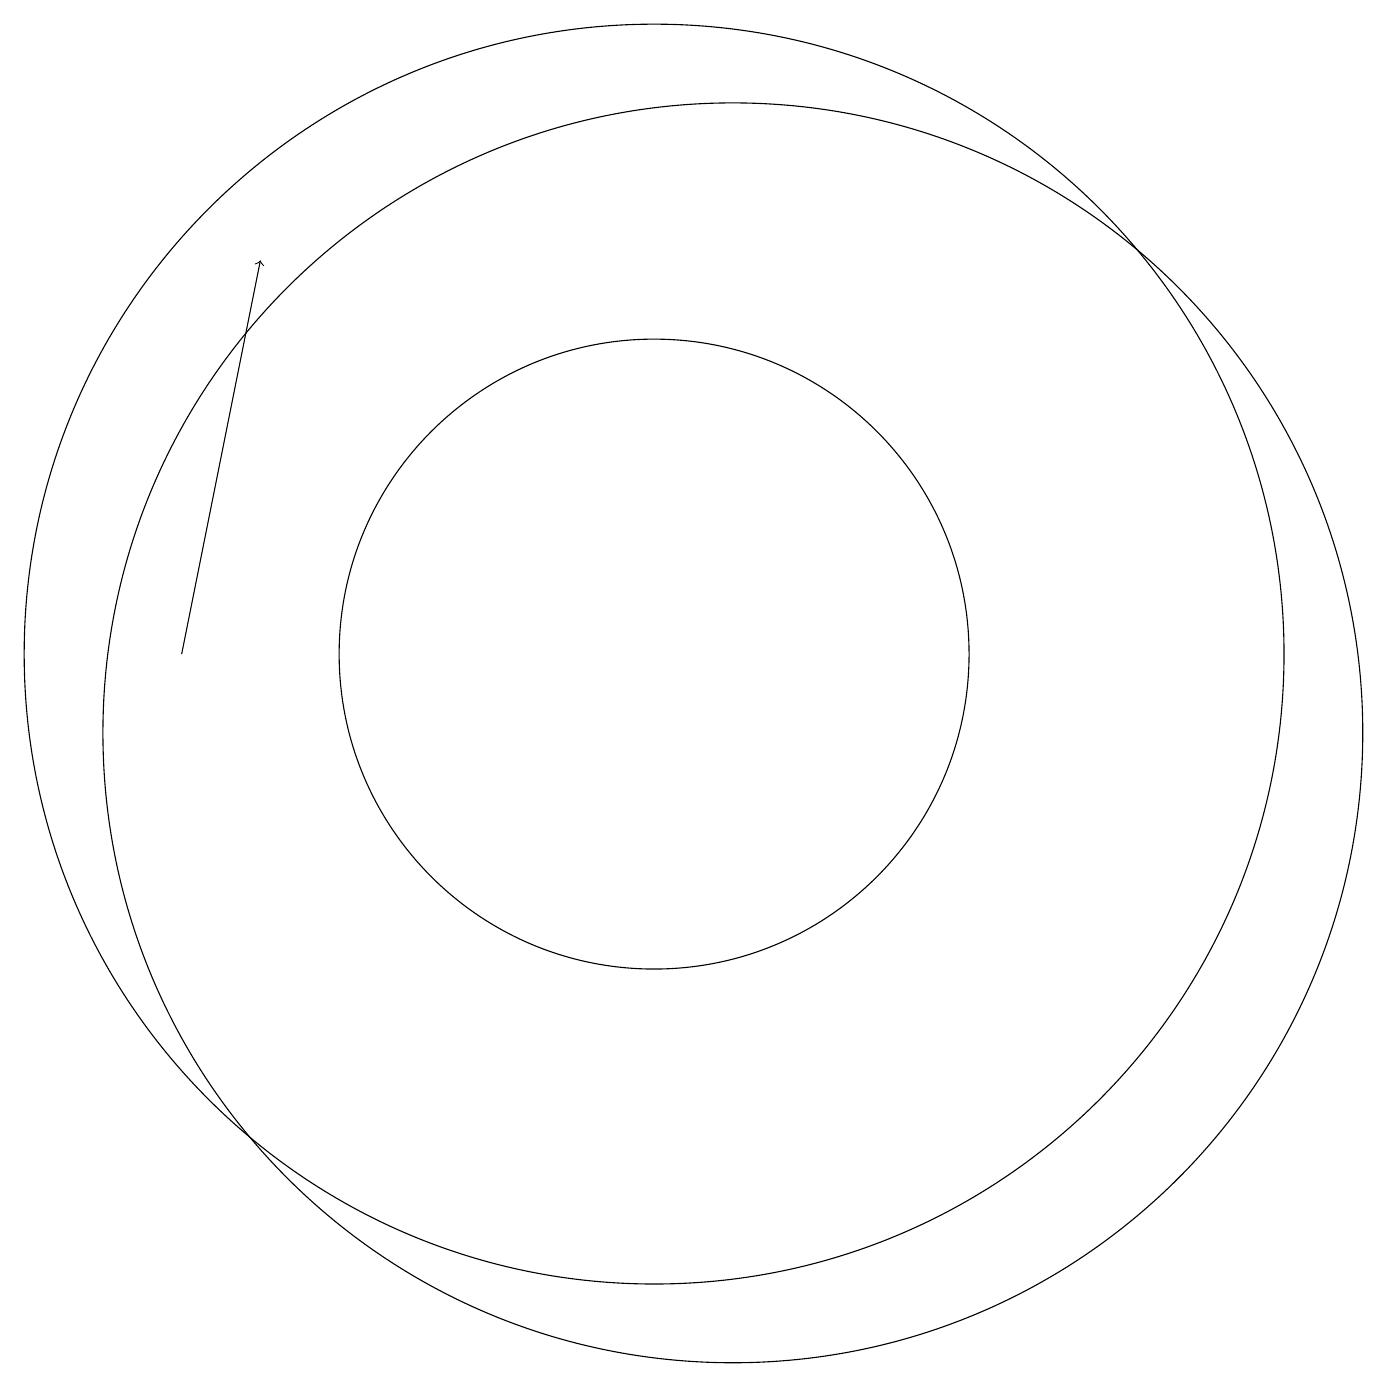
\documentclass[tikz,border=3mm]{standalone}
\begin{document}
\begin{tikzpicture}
\draw[->] (4,11) -- (5,16);
\draw (10,11) circle (4);
\draw (11,10) circle (8);
\draw (10,11) circle (8);
\draw (11,11) circle (0);
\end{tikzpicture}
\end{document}